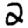
Digit: 2